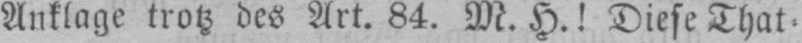
Anklage trotz des Art. 84. M. H! Diese That⸗